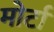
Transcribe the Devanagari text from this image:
मोर्टा